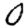
Digit: 0